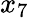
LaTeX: x_{7}